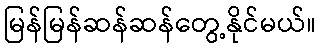
မြန်မြန်ဆန်ဆန်တွေ့နိုင်မယ်။